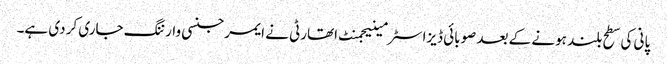
پانی کی سطح بلند ہونے کے بعد صوبائی ڈیزاسٹر مینیجمنٹ اتھارٹی نے ایمرجنسی وارننگ جاری کر دی ہے۔